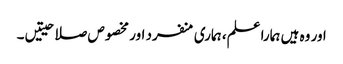
اور وہ ہیں ہمارا علم، ہماری منفرد اور مخصوص صلاحیتیں۔